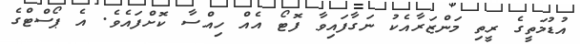
އުޑުމަތީގެ ރީތި މަންޒަރާއެކު ނަގާފައިވާ ފޮޓޯ އެއް ހިއްސާ ކޮށްފައެވެ. އެ ޕޯސްޓްގެ